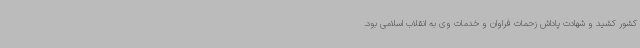
کشور کشید و شهادت پاداش زحمات فراوان و خدمات وی به انقلاب اسلامی بود.